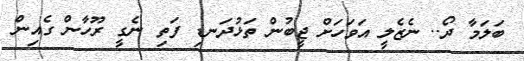
ބަލަމާ ދޯ.. ނެޒެލީ އަވަހަށް ޖީބުން ތަޅުދަނޑި ފަތި ނެގީ ރޫހާން ގެއިން